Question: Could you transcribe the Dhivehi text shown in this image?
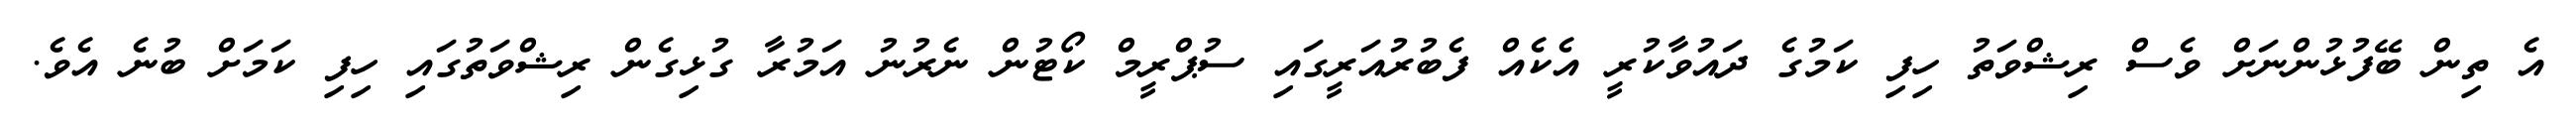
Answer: އެ ތިން ބޭފުޅުންނަށް ވެސް ރިޝްވަތު ހިފި ކަމުގެ ދައުވާކުރީ އެކެއް ފެބުރުއަރީގައި ސުޕްރީމް ކޯޓުން ނެރުނު އަމުރާ ގުޅިގެން ރިޝްވަތުގައި ހިފި ކަމަށް ބުނެ އެވެ.